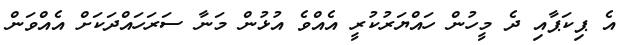
އެ ޕިކަޕާއި ދެ މީހުން ހައްޔަރުކުރީ އެއްވެ އުޅުން މަނާ ސަރަހައްދަކަށް އެއްވަން